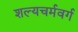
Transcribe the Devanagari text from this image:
शल्यचर्मवर्ग